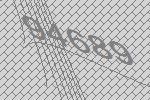
94689